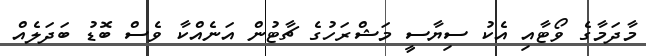
މާދަމާގެ ވޯޓާއި އެކު ސިޔާސީ މަޝްރަހުގެ ޗާޓުން އަނެއްކާ ވެސް ބޮޑު ބަދަލެއް